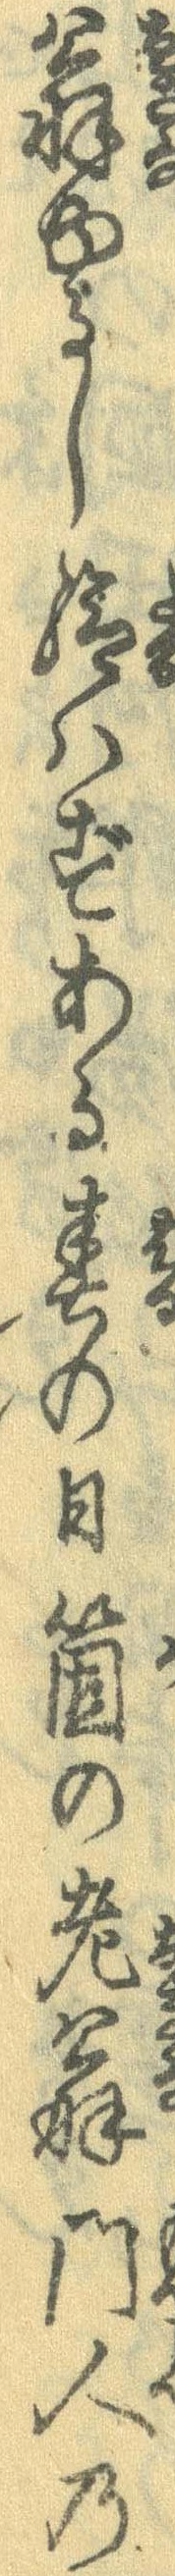
翁ゆるし給はずある春の日箇の老翁門人の